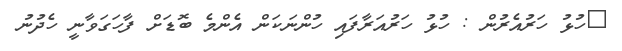
ހުޅު ހަރުއެރުން : ހުޅު ހަރުއަރާފައި ހުންނަކަން އެންމެ ބޮޑަށް ފާހަގަވާނީ ހެދުނު